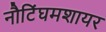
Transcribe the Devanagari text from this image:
नौटिंघमशायर